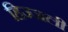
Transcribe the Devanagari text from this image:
हिज्जली